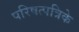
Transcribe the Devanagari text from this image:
परिषत्पत्रिके